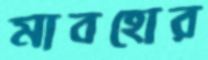
মাবহোর